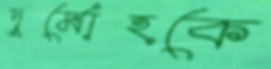
দুর্মোহকে